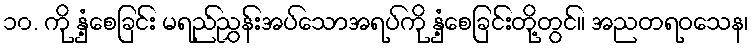
၁၀. ကို နှံ့စေခြင်း မရည်ညွှန်းအပ်သောအရပ်ကို နှံ့စေခြင်းတို့တွင်။ အညတရဝသေန၊